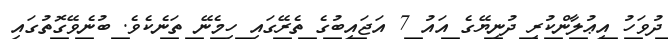
ދުވަހު އިޢުލާންކުރި ދުނިޔޭގެ އައު 7 އަޖައިބުގެ ތެރޭގައި ހިމެނޭ ތަނެކެވެ. ބުނެވޭގޮތުގައި